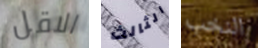
الاقل الثالث النخب